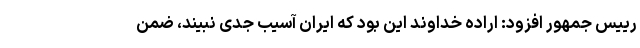
رییس جمهور افزود: اراده خداوند این بود که ایران آسیب جدی نبیند، ضمن